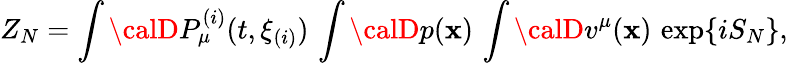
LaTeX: Z_{N}=\int{\calD}P_{\mu}^{(i)}(t,\xi_{(i)})\, \int{\calD}p(\mathbf{x})\, \int{\calD}v^{\mu}(\mathbf{x})\, \exp\{ iS_{N}\} ,